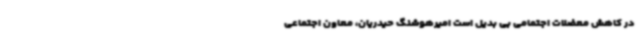
در کاهش معضلات اجتمامی بی بدیل است امیرهوشنگ حیدریان، معاون اجتماعی